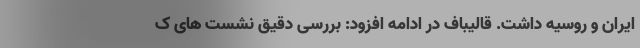
ایران و روسیه داشت. قالیباف در ادامه افزود: بررسی دقیق نشست های ک